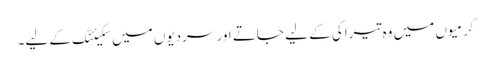
گرمیوں میں وہ تیراکی کے لیے جاتے اور سردیوں میں سکیئنگ کے لیے۔